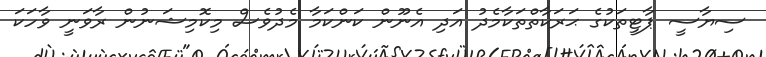
ސިޔާސީ ޕާޓީތަކުގެ ޙަރަކާތްތަކާމެދު އަދި އެނޫން ކަންކަމާ މެދުވެސް މިކޮމިޝަނުން ރާވަނީ ވާހަކަ